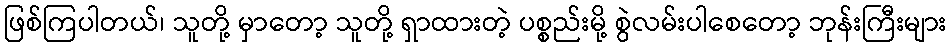
ဖြစ်ကြပါတယ်၊ သူတို့ မှာတော့ သူတို့ ရှာထားတဲ့ ပစ္စည်းမို့ စွဲလမ်းပါစေတော့ ဘုန်းကြီးများ